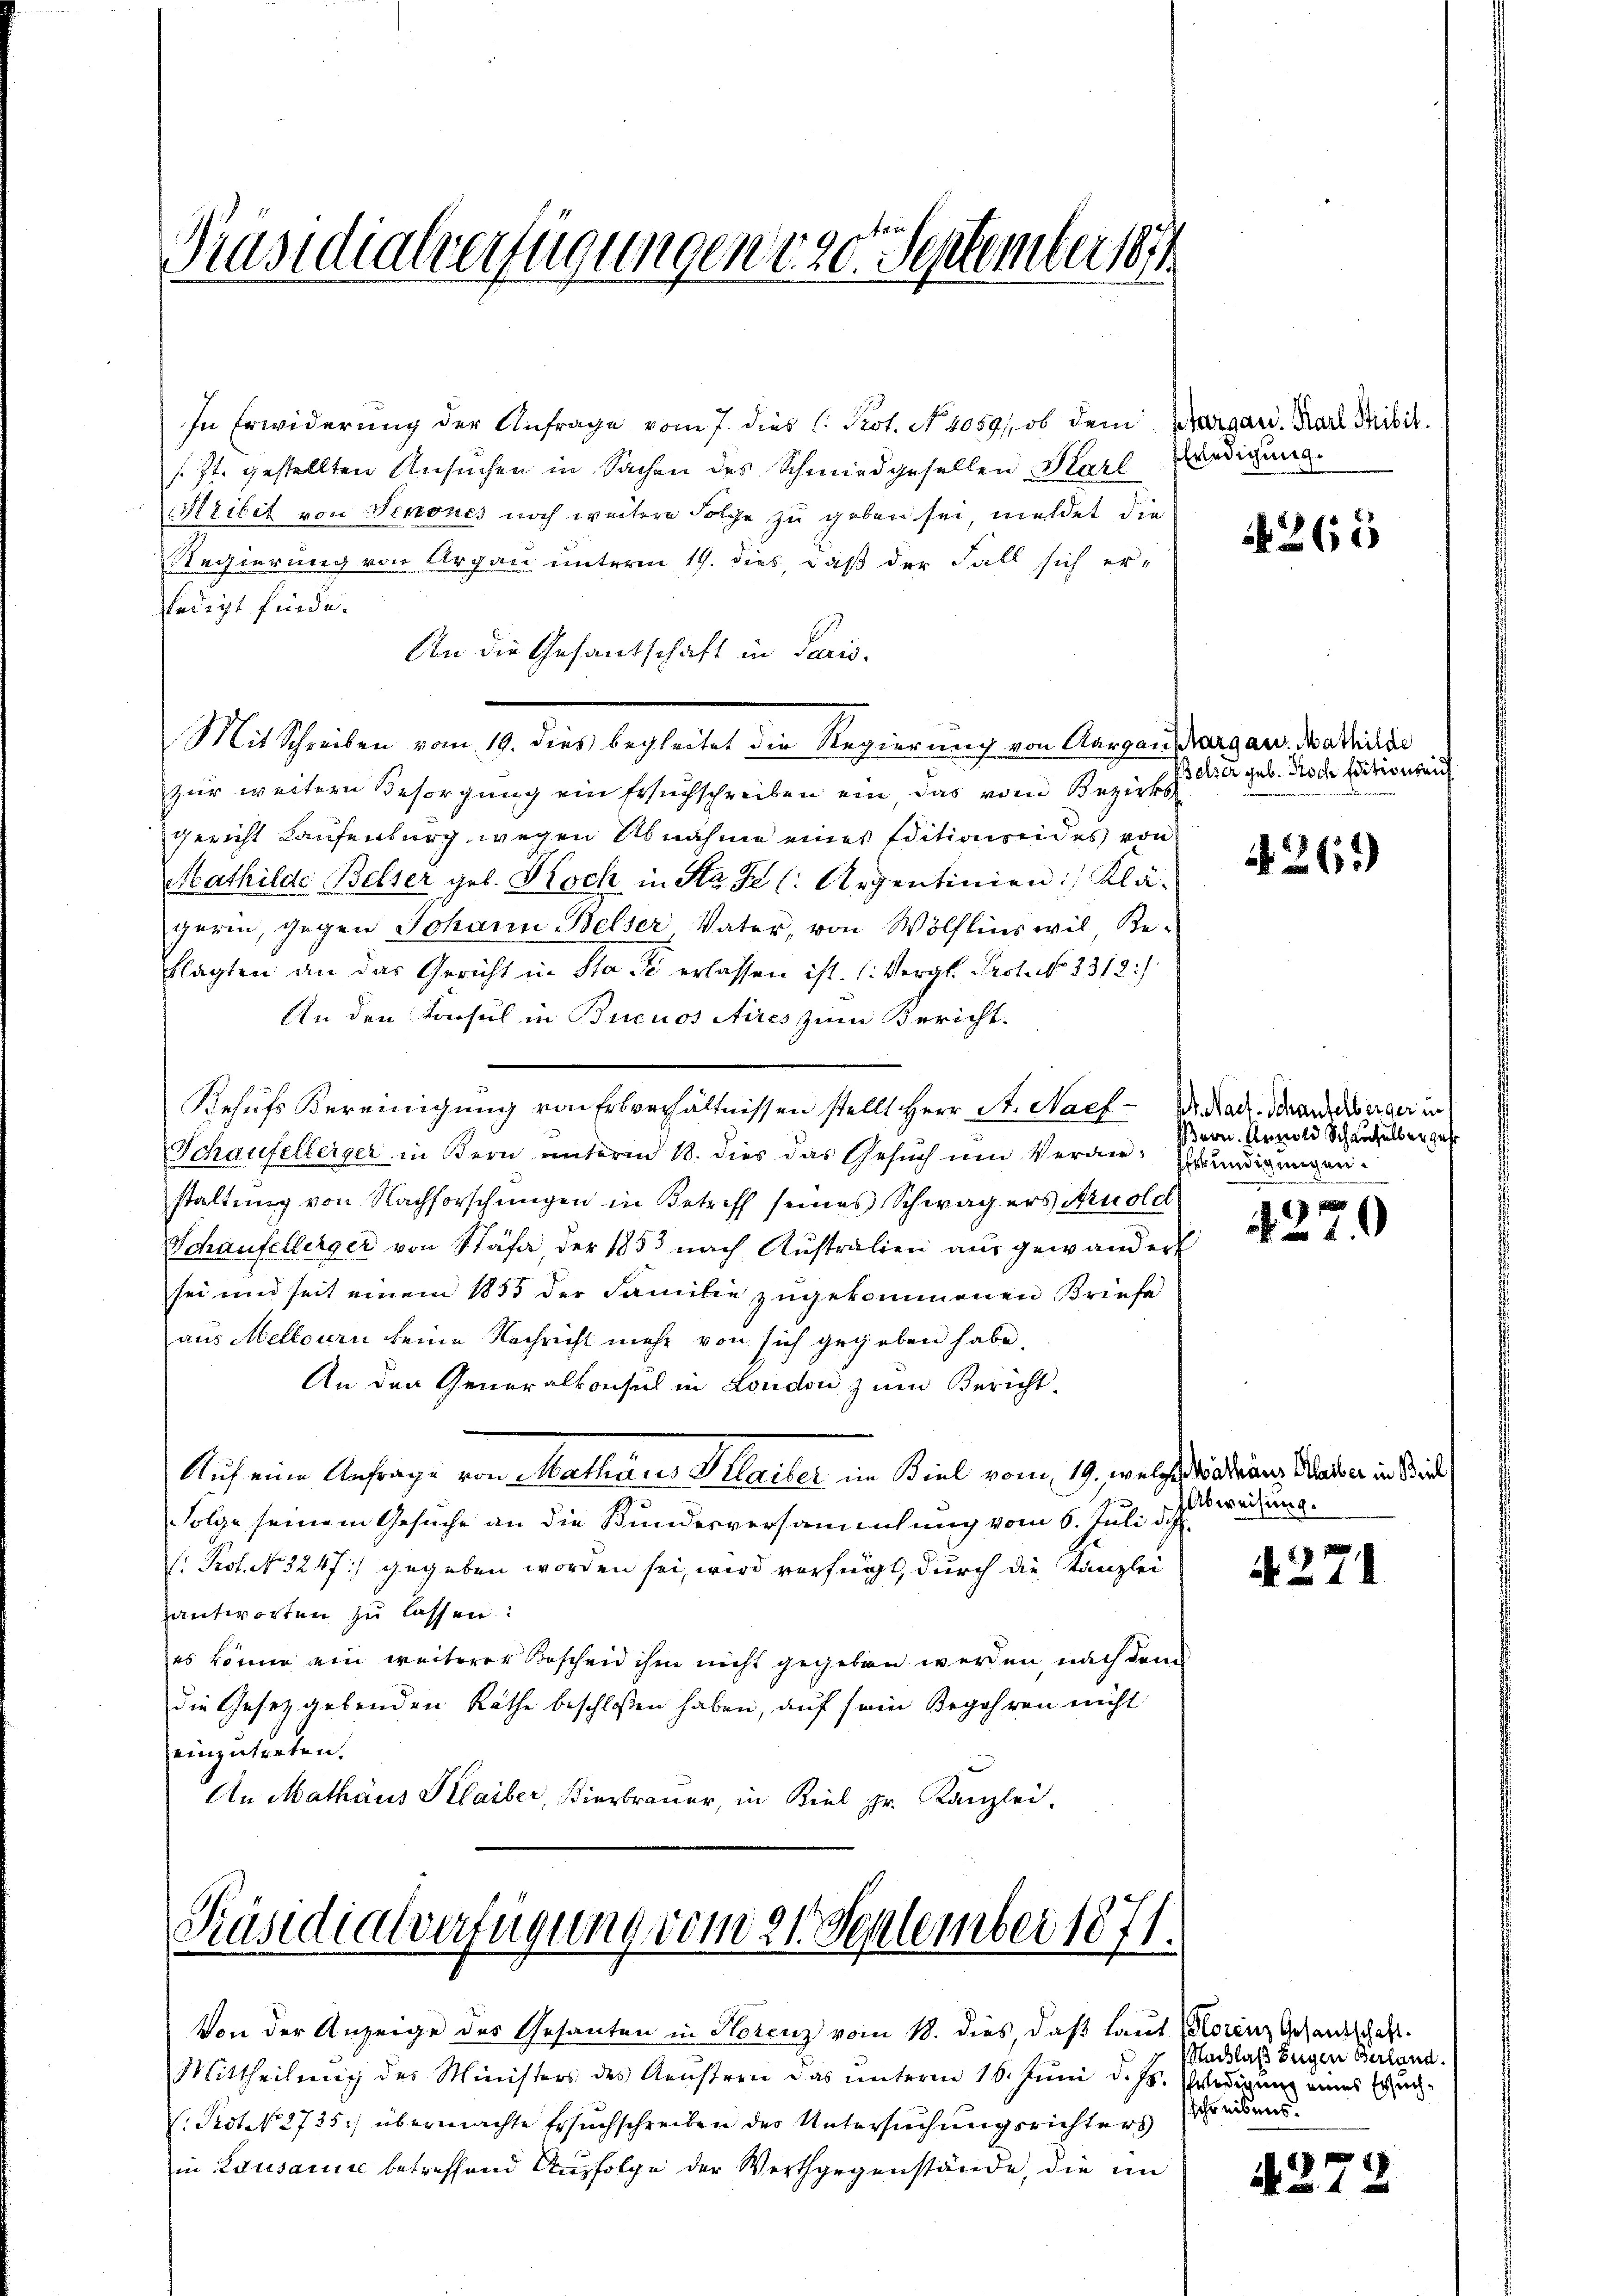
Präsidialverfügungen d. 20. September 18

In Erwiderung der Anfrage vom 7. dies l. Prot. No. 4059/, ob dem Margan. Karl Sibil
/J. gestellten Ansuchen in Sachen des Schmiedgesellen Karl Predigung.
Heiber von Senones noch weitere Folge zu geben sei, meldet die
Regierung von Argau unterm 19. dies, daß der Fall sich erledigt finde.
An die Gesantschaft in Paris.
Mit Schreiben vom 19. dies begleitet die Regierung von Aargausdrang an. Mathilden
zur weitern Besorgung ein Wuchschreiben ein das den Bezirks
gericht Laufenburg wegen Abnahme eines Editionseides von
Mathilde Belser geb. Koch in Str. Fe (: Arzentinien: Klägerin, gegen Johann Belser Vater, von Wölflins wil Beklagten an das Gericht in Statt erlassen ist. (Vergl. Prot. No 3312:
An den Konsul in Buenos Aires zum Bericht.
Rehufs Vereinigung von Erbverhältnissen stellt Herr St. Nach Dr. Mad. Branderger in
Schaufelberger in Bern unterm 18. dies das Gesuch um Veran- Gründigungen
staltung von Nachforschungen in Betreff seines Schwagers Arnold
Schaufelberger von Stäfa, der 1853 nach Australien ausgewandert
sei und seit einem 1855 der Familie zugekommenen Briefe
aus Mellourn keine Nachricht mehr von sich gegeben habe.
An den Generalkonsul in London zum Bericht
Auf eine Anfrage von Mathaus Plailer in Kiel vom 19. welche Widerung Wladen in die
Folge seinem Gesuche an die Bundesversammlung vom 6. Juli d.
Pot. N. 3247) gegeben worden sei, wird verfügt, durch die Kanzlei
antworten zu lassen:
es könne ein weiterer Bescheid ihm nicht gegeben werden, nach dem
die Gesetzgebenden Rathe beschlossen haben, auf sein Begehren nicht
einzutreten.
An Mathäus Klaiber, Bierbrauer, in Biel gr. Kanzlei.

Präsidialverfügung vom 21. September 1871.
e

Von der Anzeige des Gesanten in Horenz vom 18. dies, daß laut Plorenz Gesandtschaft¬
Mittheilung des Ministers des Aeustern das unterm 16. Juni d. Js. Erledigung eines Ersuch¬
(Prot. 2725.) übermachte Ersuchschreiben des Untersuchungsrichters
in Lausance betreffend Ausfolge der Werthgegenstände, die im

265

Belier geb. Noch factionsen

4263)

ern. Erzwold Schauselber gehe

17
1

Abweisung.

4271

Nachlaß Eugen Berland.
schreibens

4272